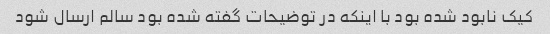
کیک نابود شده بود با اینکه در توضیحات گفته شده بود سالم ارسال شود